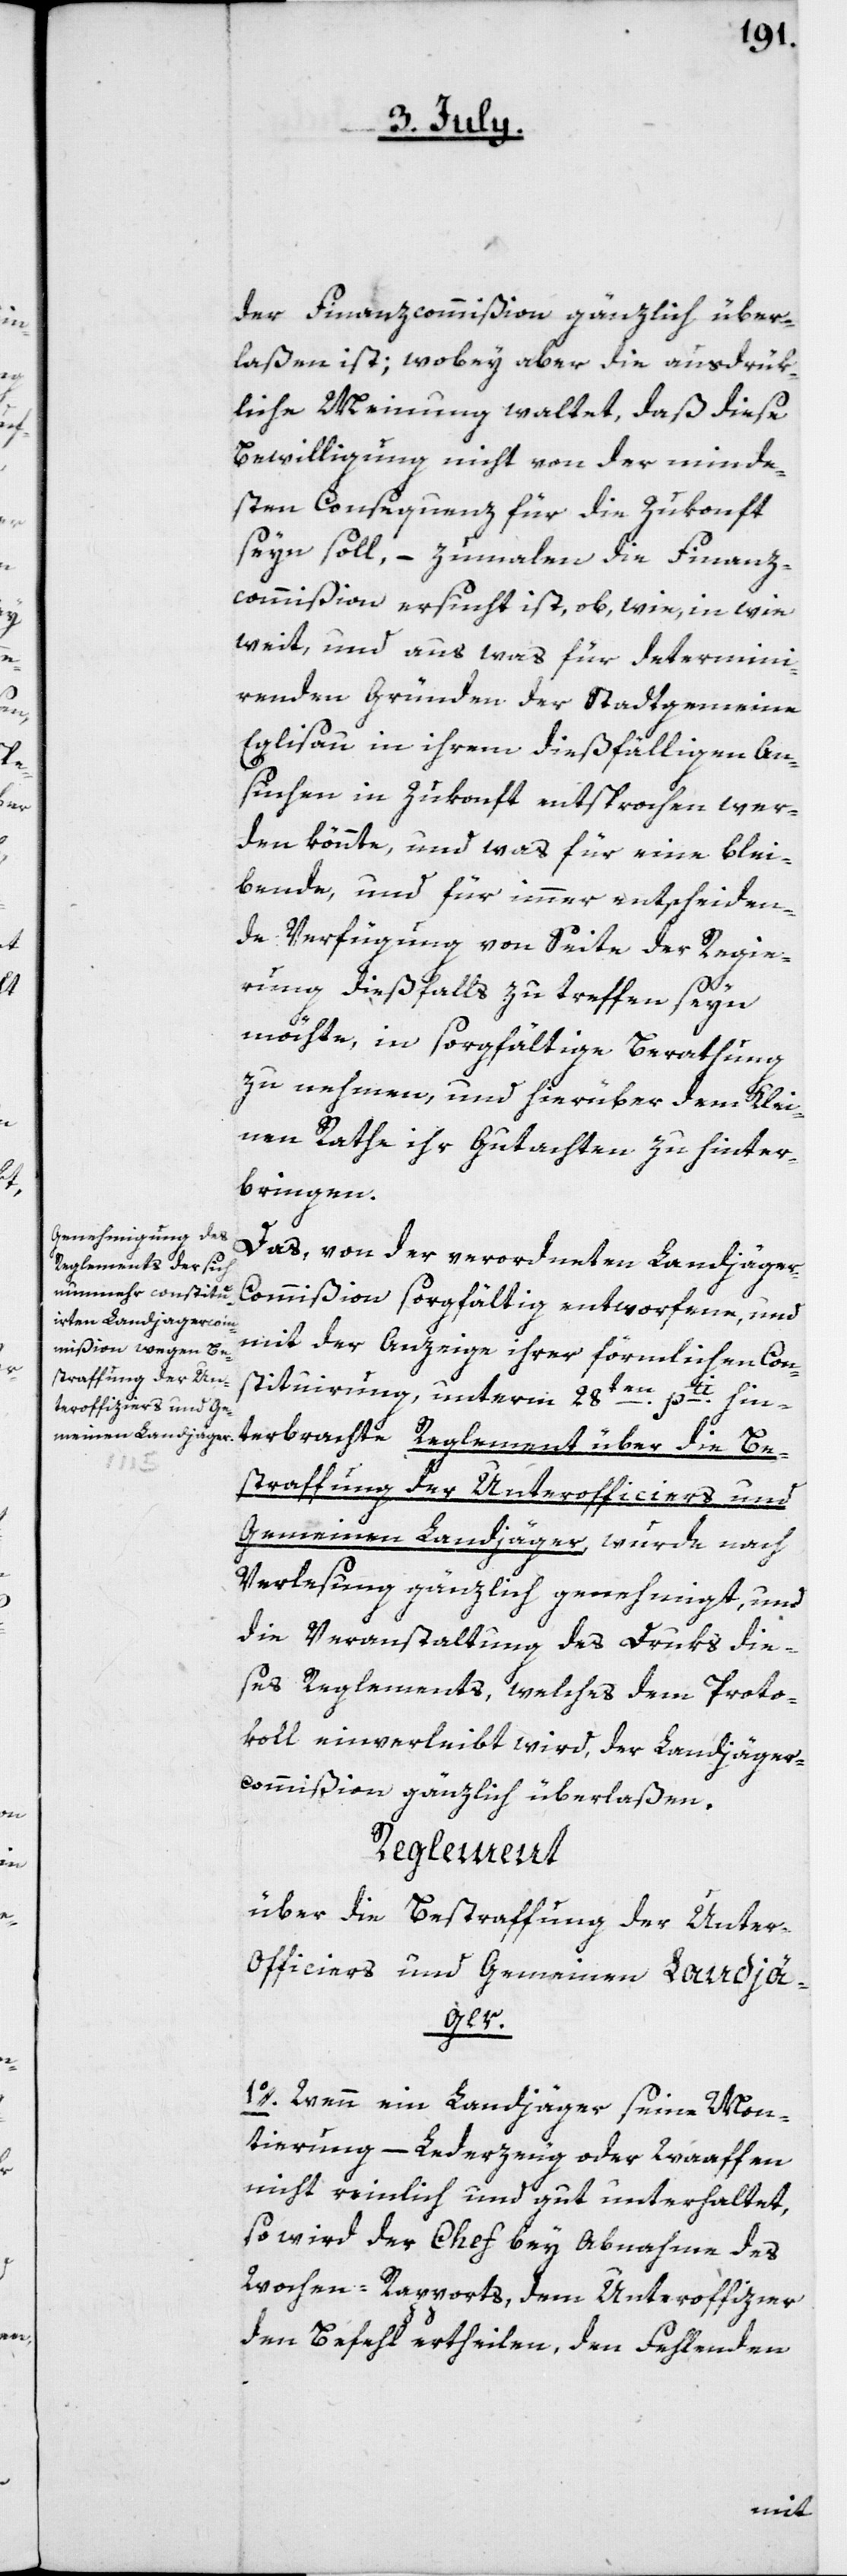
r-Officiers und Ge¬
meinen Landjäger.

der Finanzcommißion gänzlich über¬
laßen ist, wobey aber die ausdrük¬
liche Meinung waltet, daß diese
Bewilligung nicht von der minde¬
sten Consequenz für die Zukonft
seyn soll, – zumalen die Finanz¬
commißion ersucht ist, ob, wie, in wie
weit, und aus was für determini¬
renden Gründen der Stadtgemein[d]e
Eglisau in ihrem dießfälligen An¬
suchen in Zukonft entsprochen wer¬
den könnte, und was für eine blei¬
bende, und für immer entscheiden¬
de Verfügung von Seite der Regie¬
rung dießfalls zu treffen seyn
möchte, in sorgfältige Berathung
zu nehmen, und hierüber dem Klei¬
nen Rathe ihr Gutachten zu hinter¬
bringen.
Das, von der verordneten Landjäge¬
r-Commißion sorgfältig entworfene, und
mit der Anzeige ihrer förmlichen Con¬
stituirung, unterm 28ten pti hin¬
terbrachte Reglement über die Be¬
straffung der Unterofficiers und
Gemeinen Landjäger, wurde nach
Verlesung gänzlich genehmigt, und
die Veranstaltung des Druks die¬
ses Reglements, welches dem Proto¬
koll einverleibt wird, der Landjäger¬
commißion gänzlich überlaßen.
Reglement
über die Bestraffung der Unte¬
1o. Wenn ein Landjäger seine Mon¬
tierung, – Lederzeug oder Waaffen
nicht reinlich und gut unterhaltet,
so wird der Chef bey Abnahme des
Wochen-Rapports, dem Unteroffizier
den Befehl ertheilen, den Fehlenden